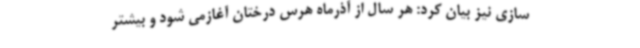
سازی نیز بیان کرد: هر سال از آذرماه هرس درختان آغازمی شود و بیشتر